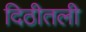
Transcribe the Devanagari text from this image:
दिठीतली